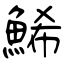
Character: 鯑